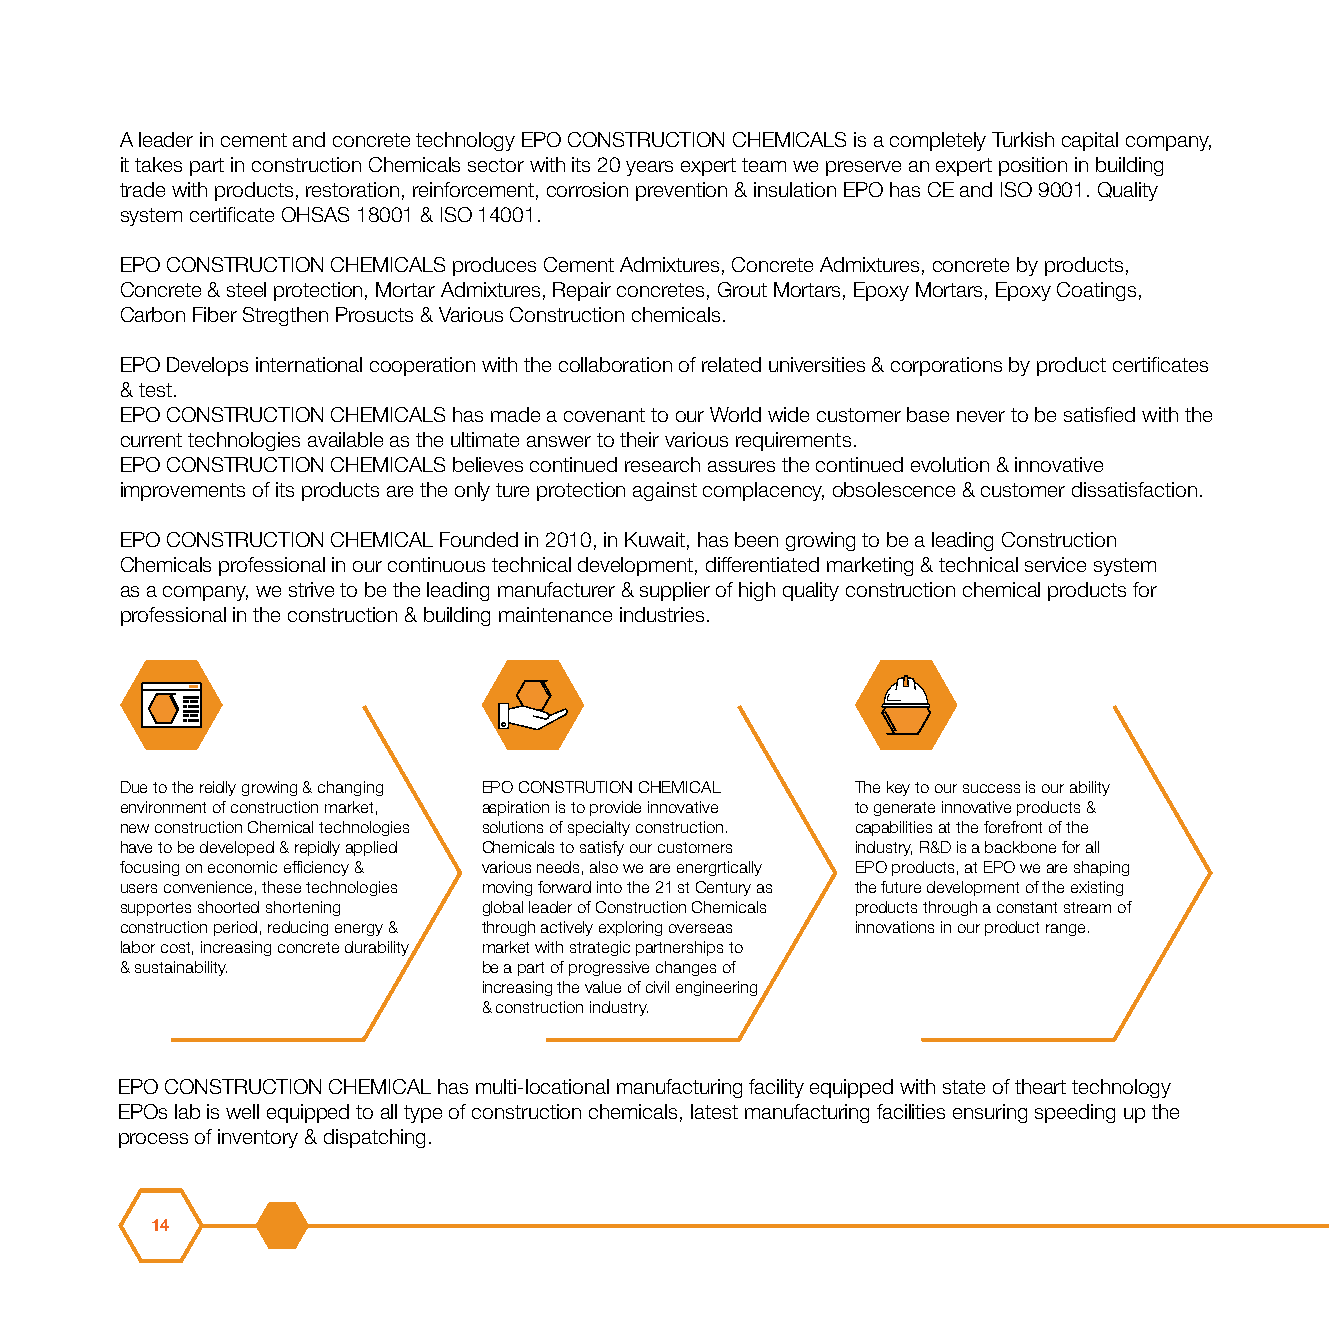
A leader in cement and concrete technology EPO CONSTRUCTION CHEMICALS is a completely Turkish capital company,
 it takes part in construction Chemicals sector with its 20 years expert team we preserve an expert position in building
 trade with products, restoration, reinforcement, corrosion prevention & insulation EPO has CE and ISO 9001. Quality
 system certificate OHSAS 18001 & ISO 14001.
 EPO CONSTRUCTION CHEMICALS produces Cement Admixtures, Concrete Admixtures, concrete by products,
 Concrete & steel protection, Mortar Admixtures, Repair concretes, Grout Mortars, Epoxy Mortars, Epoxy Coatings,
 Carbon Fiber Stregthen Prosucts & Various Construction chemicals.
 EPO Develops international cooperation with the collaboration of related universities & corporations by product certificates
 & test.
 EPO CONSTRUCTION CHEMICALS has made a covenant to our World wide customer base never to be satisfied with the
 current technologies available as the ultimate answer to their various requirements.
 EPO CONSTRUCTION CHEMICALS believes continued research assures the continued evolution & innovative
 improvements of its products are the only ture protection against complacency, obsolescence & customer dissatisfaction.
 EPO CONSTRUCTION CHEMICAL Founded in 2010, in Kuwait, has been growing to be a leading Construction
 Chemicals professional in our continuous technical development, differentiated marketing & technical service system
 as a company, we strive to be the leading manufacturer & supplier of high quality construction chemical products for
 professional in the construction & building maintenance industries.
 Due to the reidly growing & changing EPO CONSTRUTION CHEMICAL The key to our success is our ability
 environment of construction market, aspiration is to provide innovative to generate innovative products &
 new construction Chemical technologies solutions of specialty construction. capabilities at the forefront of the
 have to be developed & repidly applied Chemicals to satisfy our customers industry, R&D is a backbone for all
 focusing on economic efficiency & various needs, also we are energrtically EPO products, at EPO we are shaping
 users convenience, these technologies moving forward into the 21 st Century as the future development of the existing
 supportes shoorted shortening global leader of Construction Chemicals products through a constant stream of
 construction period, reducing energy & through actively exploring overseas innovations in our product range.
 labor cost, increasing concrete durability market with strategic partnerships to
 & sustainability.       be a part of progressive changes of
 increasing the value of civil engineering
 & construction industry.
 EPO CONSTRUCTION CHEMICAL has multi-locational manufacturing facility equipped with state of theart technology
 EPOs lab is well equipped to all type of construction chemicals, latest manufacturing facilities ensuring speeding up the
 process of inventory & dispatching.
 14